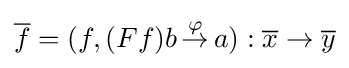
{\overline {f}}=(f,(Ff)b\,{\overset {\varphi }{\to }}\,a):{\overline {x}}\to {\overline {y}}